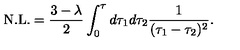
\mathrm { N . L . } = \frac { 3 - \lambda } { 2 } \int _ { 0 } ^ { \tau } d \tau _ { 1 } d \tau _ { 2 } \frac { 1 } { ( \tau _ { 1 } - \tau _ { 2 } ) ^ { 2 } } .